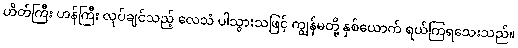
ဟိတ်ကြီး ဟန်ကြီး လုပ်ချင်သည့် လေသံ ပါသွားသဖြင့် ကျွန်မတို့ နှစ်ယောက် ရယ်ကြရသေးသည်။